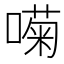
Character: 𱔚